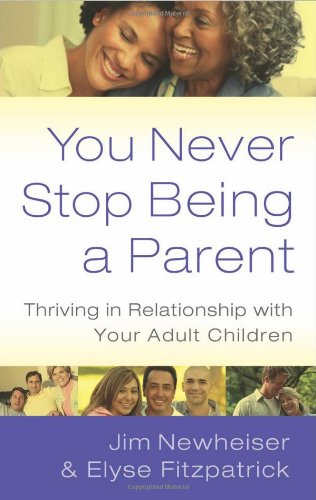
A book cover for You Never Stop Being a Parent: Thriving in Relationship With Your Adult Children; Elyse Fitzpatrick; Parenting & Relationships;